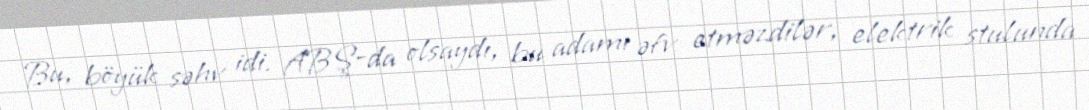
Bu, böyük səhv idi. ABŞ-da olsaydı, bu adamı əfv etməzdilər, elektrik stulunda